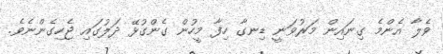
ވެލާ އެންމެ ގިނައިން މަރުވަނީ ޑިނގާ ހިފާ މީހުން ގެންގުޅޭ ދަލުގައި ޖެހިގެންނެވެ.